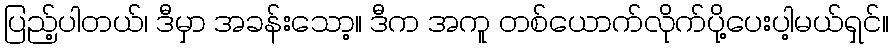
ပြည့်ပါတယ်၊ ဒီမှာ အခန်းသော့။ ဒီက အကူ တစ်ယောက်လိုက်ပို့ပေးပါ့မယ်ရှင်။